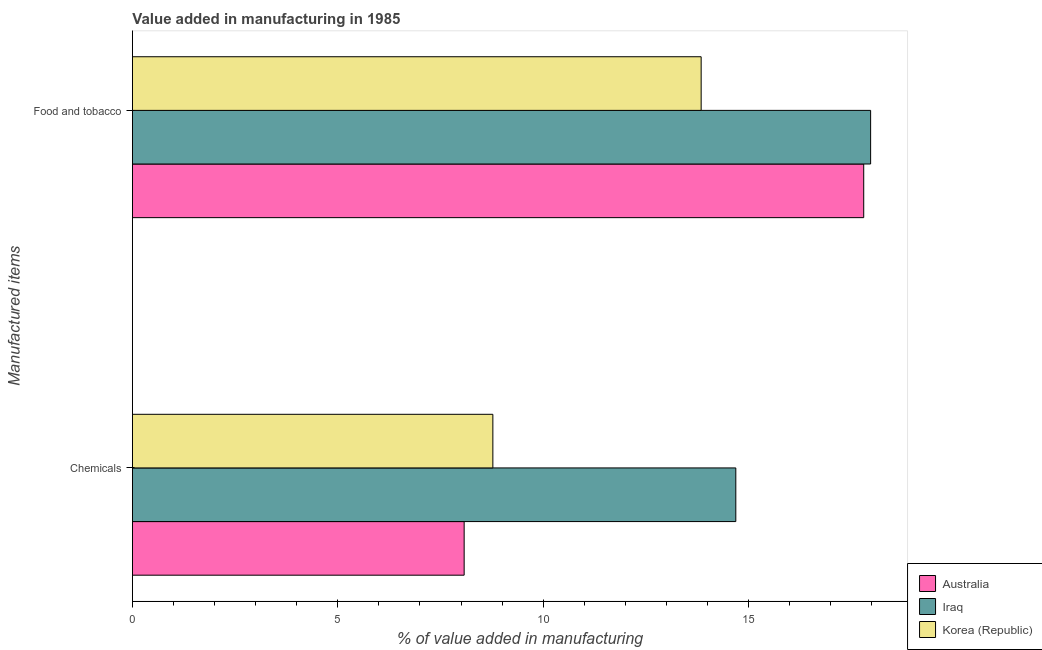
| Manufactured items | Australia | Iraq | Korea (Republic) |
 | --- | --- | --- | --- |
 | Chemicals | 8.08 | 14.7 | 8.77 |
 | Food and tobacco | 17.8 | 18 | 13.8 |